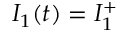
I _ { 1 } ( t ) = I _ { 1 } ^ { + }